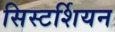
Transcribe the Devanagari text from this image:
सिस्टर्शियन